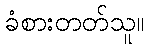
ခံစားတတ်သူ။